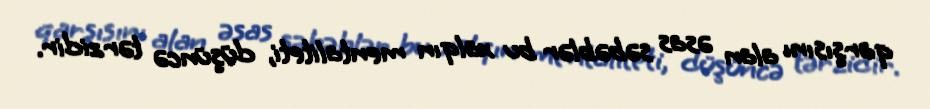
qarşısını alan əsas səbəblər bu xalqın mentaliteti, düşüncə tərzidir.